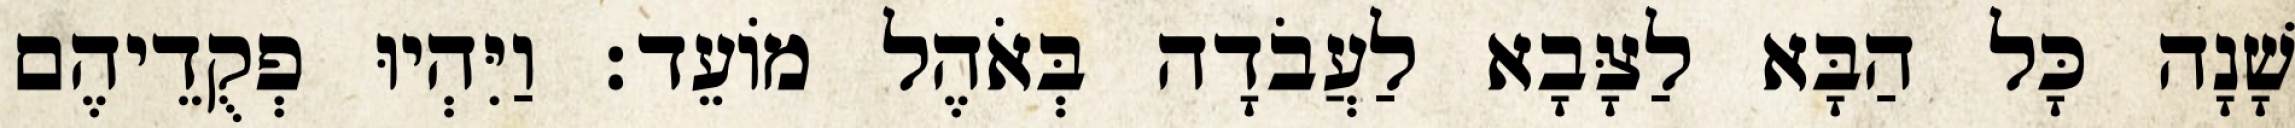
שָׁנָה כָּל הַבָּא לַצָּבָא לַעֲבֹדָה בְּאֹהֶל מוֹעֵד׃ וַיִּהְיוּ פְקֻדֵיהֶם